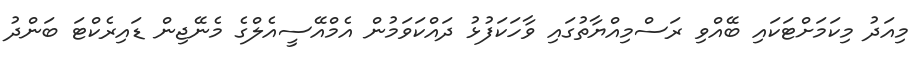
މިއަދު މިކަމަށްޓަކައި ބޭއްވި ރަސްމިއްޔާތުގައި ވާހަކަފުޅު ދައްކަވަމުން އެމްއޭސީއެލްގެ މެނޭޖިން ޑައިރެކްޓަ ބަންދު